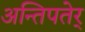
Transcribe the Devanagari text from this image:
अन्तिपतेर्